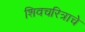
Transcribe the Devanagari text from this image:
शिवचरित्राचे